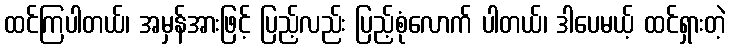
ထင်ကြပါတယ်၊ အမှန်အားဖြင့် ပြည့်လည်း ပြည့်စုံလောက် ပါတယ်၊ ဒါပေမယ့် ထင်ရှားတဲ့